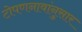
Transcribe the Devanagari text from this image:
टोपणनावांनुसार